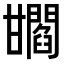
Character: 𤯐